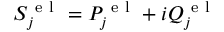
S _ { j } ^ { \mathrm { ~ e ~ l ~ } } = P _ { j } ^ { \mathrm { ~ e ~ l ~ } } + i Q _ { j } ^ { \mathrm { ~ e ~ l ~ } }